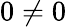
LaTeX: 0\neq 0